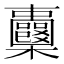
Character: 𣡦